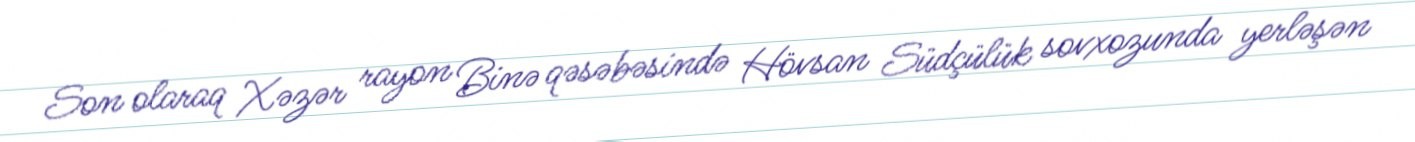
Son olaraq Xəzər rayon Binə qəsəbəsində Hövsan Südçülük sovxozunda yerləşən